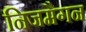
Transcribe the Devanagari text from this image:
निजमैगन